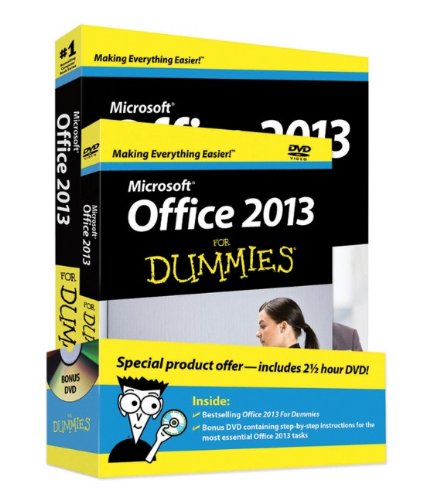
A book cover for Office 2013 For Dummies, Book + DVD Bundle; Wallace Wang; Computers & Technology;